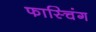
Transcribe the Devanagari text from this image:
फास्चिंग